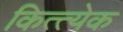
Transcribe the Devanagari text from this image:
कित्त्येक